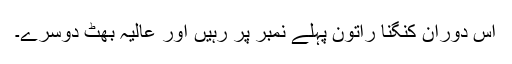
اس دوران کنگنا راتون پہلے نمبر پر رہیں اور عالیہ بھٹ دوسرے۔